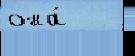
она́